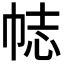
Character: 𢂴